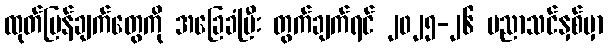
ထုတ်ပြန်ချက်တွေကို အခြေခံပြီး တွက်ချက်ရင် ၂၀၂၅-၂၆ ပညာသင်နှစ်မှာ